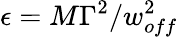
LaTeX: \epsilon=M\Gamma^{2}/w_{off}^{2}